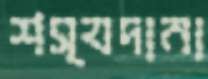
শস্যদানা